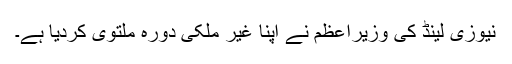
نیوزی لینڈ کی وزیراعظم نے اپنا غیر ملکی دورہ ملتوی کردیا ہے۔